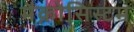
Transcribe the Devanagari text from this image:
मैक्रोसिस्टम